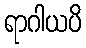
ရာဂါယပိ